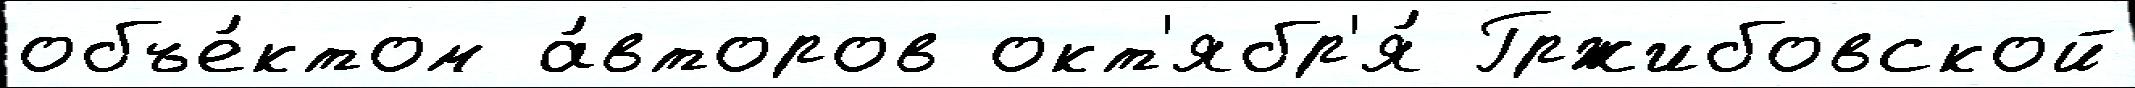
объе́ктом а́второв окт'ябр'я́ Гржибовской